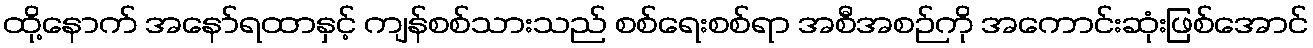
ထို့နောက် အနော်ရထာနှင့် ကျန်စစ်သားသည် စစ်ရေးစစ်ရာ အစီအစဉ်ကို အကောင်းဆုံးဖြစ်အောင်